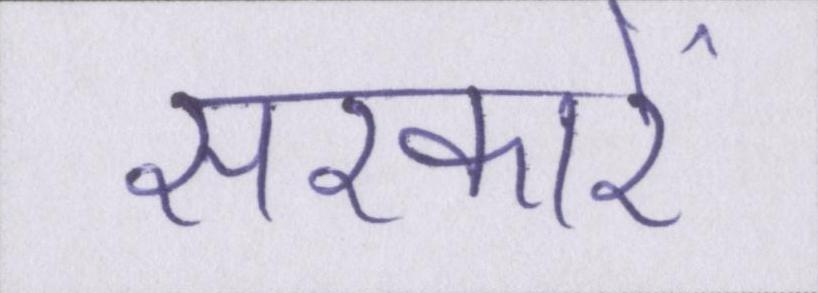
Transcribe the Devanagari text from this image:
सरकारें